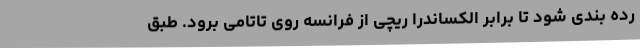
رده بندی شود تا برابر الکساندرا ریچی از فرانسه روی تاتامی برود. طبق